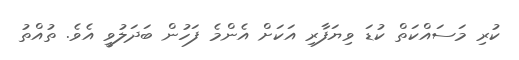
ކުރި މަސައްކަތް ކުޑަ ވިޔަފާރި އަކަށް އެންމެ ފަހުން ބަދަލުވީ އެވެ. ތުއްތު